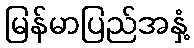
မြန်မာပြည်အနှံ့